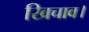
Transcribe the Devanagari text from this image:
खिचाव।